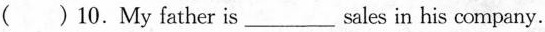
( ) 10.My father is ___ sales in his company.